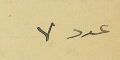
عدد ٧